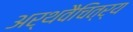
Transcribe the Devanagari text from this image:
अर्थवैचित्र्य